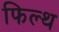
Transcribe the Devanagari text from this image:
फिल्थ